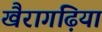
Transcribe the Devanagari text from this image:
खैरागढ़िया